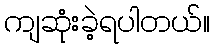
ကျဆုံးခဲ့ရပါတယ်။